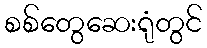
စစ်တွေဆေးရုံတွင်